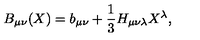
B _ { \mu \nu } ( X ) = b _ { \mu \nu } + \frac { 1 } { 3 } H _ { \mu \nu \lambda } X ^ { \lambda } ,